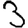
Digit: 3